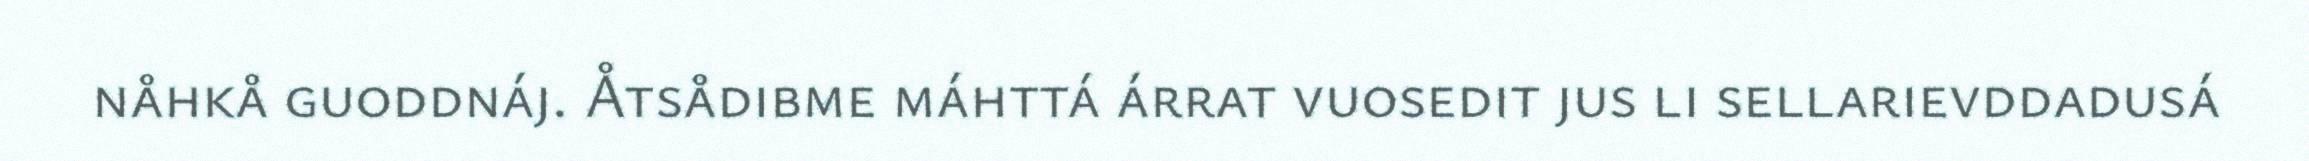
nåhkå guoddnáj. Åtsådibme máhttá árrat vuosedit jus li sellarievddadusá